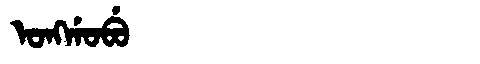
Manchu: ᠣᠩᡤᠣᠪᡠ
Romanization: ONGGOBU